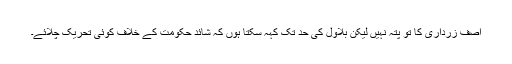
آصف زرداری کا تو پتہ نہیں لیکن بلاول کی حد تک کہہ سکتا ہوں کہ شائد حکومت کے خلاف کوئی تحریک چلائے۔